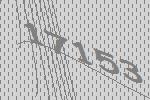
17153